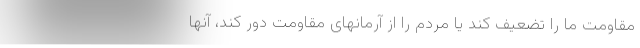
مقاومت ما را تضعیف کند یا مردم را از آرمانهای مقاومت دور کند، آنها